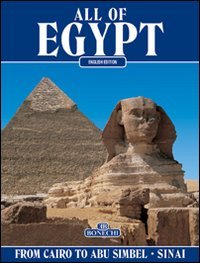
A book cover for All of Egypt : From Cairo to Abu Sinbel , Sinai; Giovanna Magi; Travel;